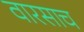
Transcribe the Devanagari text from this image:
वारसाच